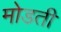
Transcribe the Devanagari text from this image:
मोडती